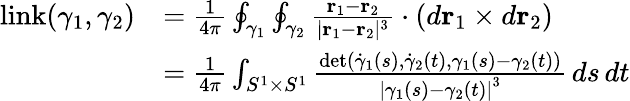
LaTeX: {\begin{array}{rl}{\operatorname{link}(\gamma_{1},\gamma_{2})}&{={\frac{1}{4\pi}}\oint_{\gamma_{1}}\oint_{\gamma_{2}}{\frac{\mathbf{r}_{1}-\mathbf{r}_{2}}{|\mathbf{r}_{1}-\mathbf{r}_{2}|^{3}}}\cdot(d\mathbf{r}_{1}\times d\mathbf{r}_{2})}\\ &{={\frac{1}{4\pi}}\int_{S^{1}\times S^{1}}{\frac{\operatorname*{det}\left({\dot{\gamma}}_{1}(s),{\dot{\gamma}}_{2}(t),\gamma_{1}(s)-\gamma_{2}(t)\right)}{\left|\gamma_{1}(s)-\gamma_{2}(t)\right|^{3}}}\, ds\, dt}\end{array}}